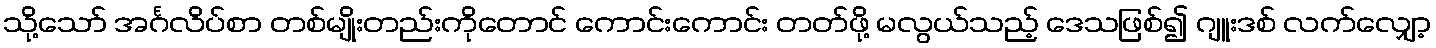
သို့သော် အင်္ဂလိပ်စာ တစ်မျိုးတည်းကိုတောင် ကောင်းကောင်း တတ်ဖို့ မလွယ်သည့် ဒေသဖြစ်၍ ဂျူးဒစ် လက်လျှော့